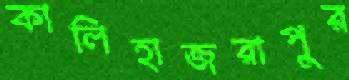
কালিহাজরাপুর